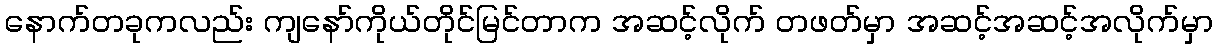
နောက်တခုကလည်း ကျနော်ကိုယ်တိုင်မြင်တာက အဆင့်လိုက် တဖတ်မှာ အဆင့်အဆင့်အလိုက်မှာ